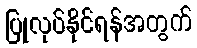
ပြုလုပ်နိုင်ရန်အတွက်